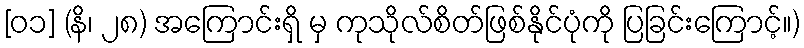
[၀၁] (နိ၊ ၂၈) အကြောင်းရှိ မှ ကုသိုလ်စိတ်ဖြစ်နိုင်ပုံကို ပြခြင်းကြောင့်။)